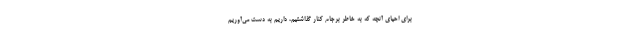
برای احیای آنچه که به خاطر برجام کنار گذاشتیم، داریم به دست می‌آوریم